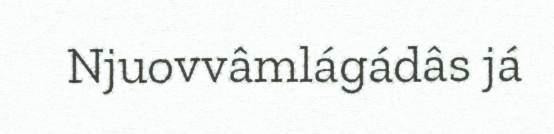
Njuovvâmlágádâs já